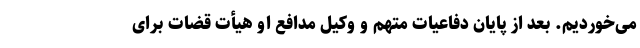
می‌خوردیم. بعد از پایان دفاعیات متهم و وکیل مدافع او هیأت قضات برای